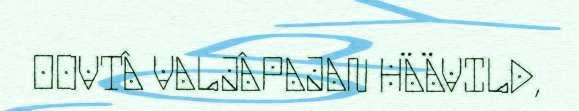
OOVTÂ VALJÂPAJAN HÄÄVILD,